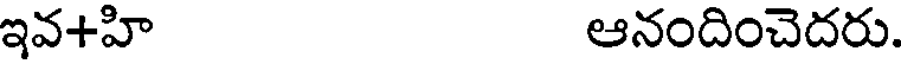
ఇవ+హి ఆనందించెదరు.